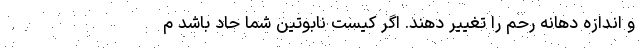
و اندازه دهانه رحم را تغییر دهند. اگر کیست نابوتین شما حاد باشد م